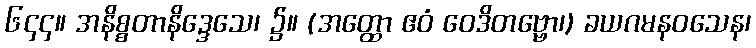
၆၄၄။ အနိစ္စတာနိဒ္ဒေသေ၊ ၌။ (အတ္ထော ဧဝံ ဝေဒိတဗ္ဗော၊) ခယဂမနဝသေန၊